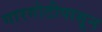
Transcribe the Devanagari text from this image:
गारगोटीपासून